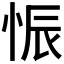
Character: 𱞗